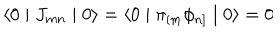
LaTeX: \langle 0 \mid J _ { m n } \mid 0 \rangle = \langle 0 \mid \pi _ { [ m } \phi _ { n ] } \mid 0 \rangle = 0